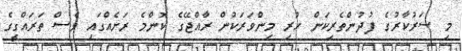
މި ސަރުކާރުގެ ފުދުންތެރިކަން ހުރި މިންވަރަކުން ރާއްޖޭގެ ކޮންމެ ރަށެއްގައި ވެސް ތަރައްގީގެ